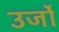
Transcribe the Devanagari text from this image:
उर्जो